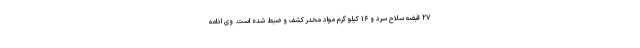
۲۷ قبضه سلاح سرد و ۱۶ کیلو گرم مواد مخدر کشف و ضبط شده است. وی ادامه